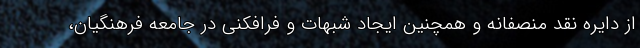
از دایره نقد منصفانه و همچنین ایجاد شبهات و فرافکنی در جامعه فرهنگیان،